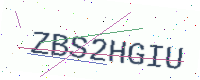
Text: ZBS2HGIU